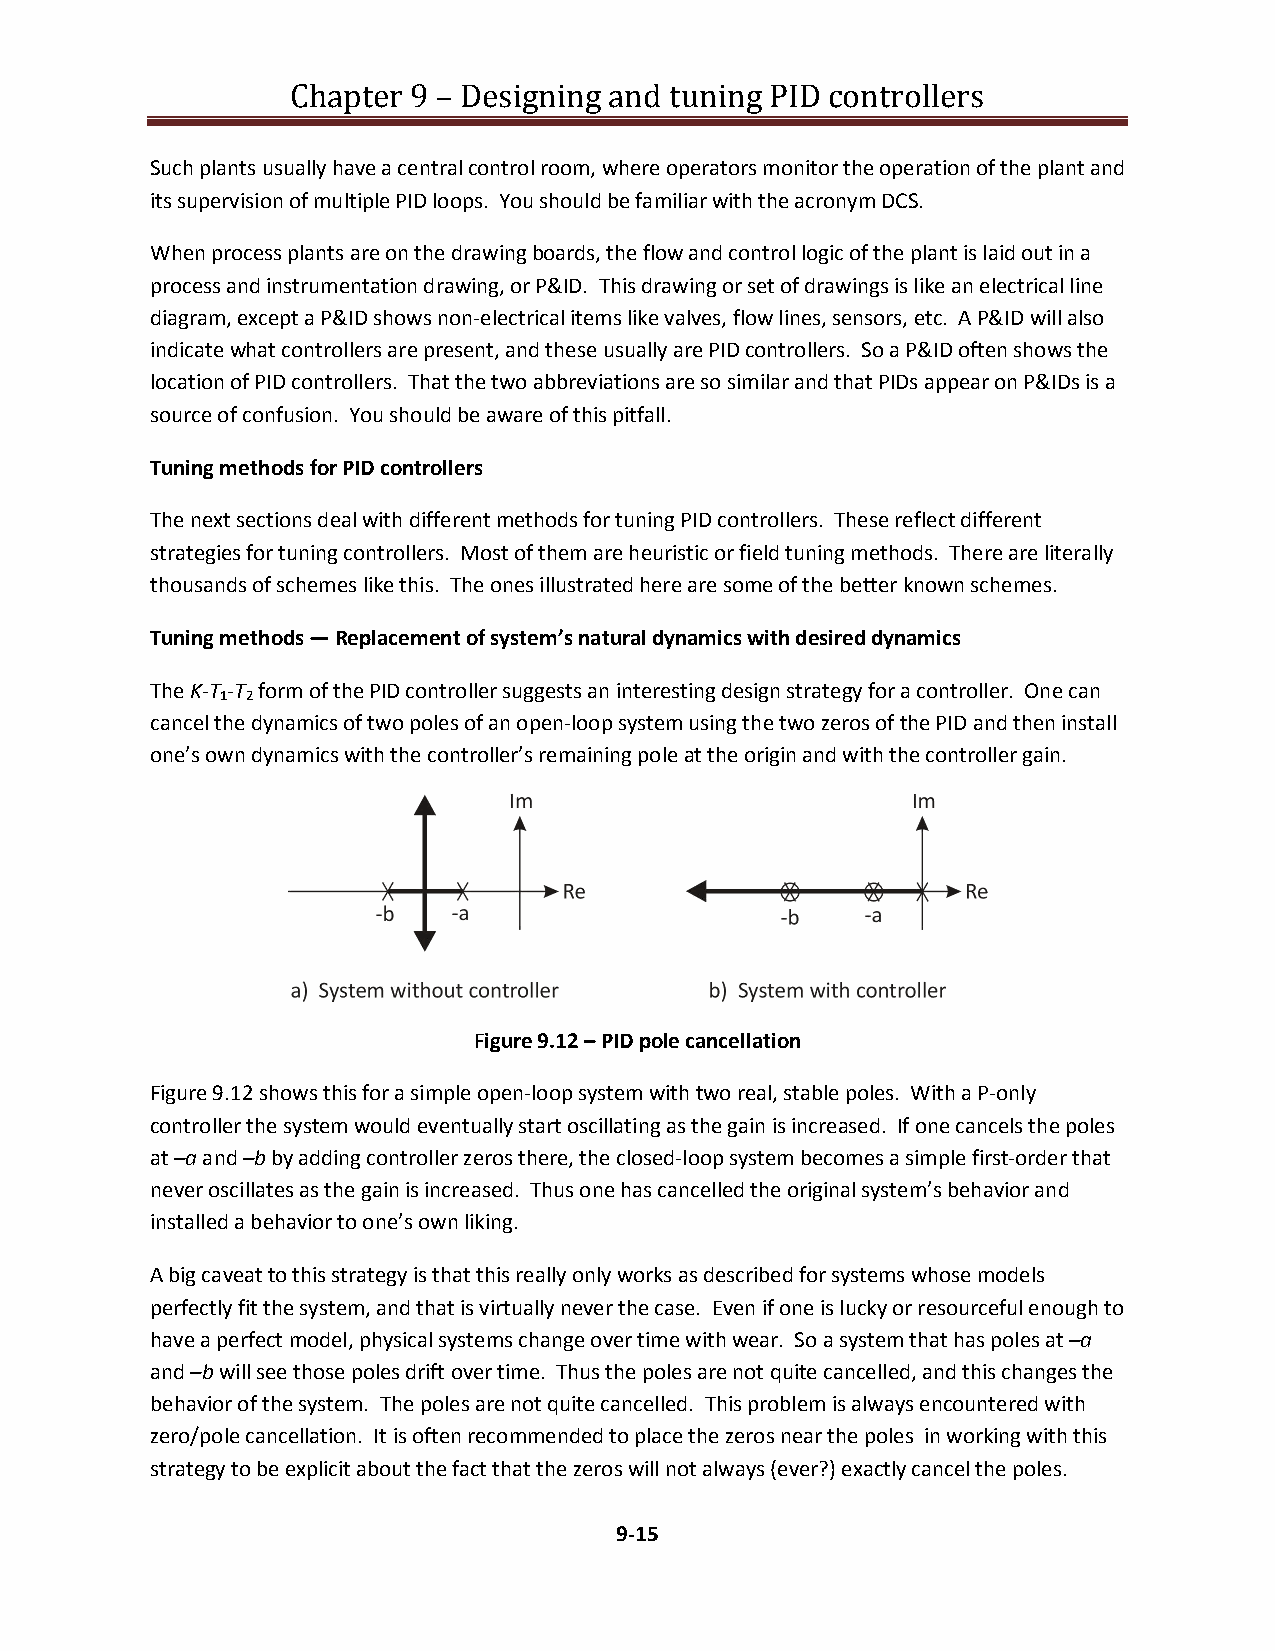
Chapter 9 – Designing and tuning PID controllers
 Such plants usually have a central control room, where operators monitor the operation of the plant and
 its supervision of multiple PID loops. You should be familiar with the acronym DCS.
 When process plants are on the drawing boards, the flow and control logic of the plant is laid out in a
 process and instrumentation drawing, or P&ID. This drawing or set of drawings is like an electrical line
 diagram, except a P&ID shows non-electrical items like valves, flow lines, sensors, etc. A P&ID will also
 indicate what controllers are present, and these usually are PID controllers. So a P&ID often shows the
 location of PID controllers. That the two abbreviations are so similar and that PIDs appear on P&IDs is a
 source of confusion. You should be aware of this pitfall.
 Tuning methods for PID controllers
 The next sections deal with different methods for tuning PID controllers. These reflect different
 strategies for tuning controllers. Most of them are heuristic or field tuning methods. There are literally
 thousands of schemes like this. The ones illustrated here are some of the better known schemes.
 Tuning methods — Replacement of system’s natural dynamics with desired dynamics
 The K-T -T form of the PID controller suggests an interesting design strategy for a controller. One can
 1 2
 cancel the dynamics of two poles of an open-loop system using the two zeros of the PID and then install
 one’s own dynamics with the controller’s remaining pole at the origin and with the controller gain.
 Figure 9.12 – PID pole cancellation
 Figure 9.12 shows this for a simple open-loop system with two real, stable poles. With a P-only
 controller the system would eventually start oscillating as the gain is increased. If one cancels the poles
 at –a and –b by adding controller zeros there, the closed-loop system becomes a simple first-order that
 never oscillates as the gain is increased. Thus one has cancelled the original system’s behavior and
 installed a behavior to one’s own liking.
 A big caveat to this strategy is that this really only works as described for systems whose models
 perfectly fit the system, and that is virtually never the case. Even if one is lucky or resourceful enough to
 have a perfect model, physical systems change over time with wear. So a system that has poles at –a
 and –b will see those poles drift over time. Thus the poles are not quite cancelled, and this changes the
 behavior of the system. The poles are not quite cancelled. This problem is always encountered with
 zero/pole cancellation. It is often recommended to place the zeros near the poles in working with this
 strategy to be explicit about the fact that the zeros will not always (ever?) exactly cancel the poles.
 9-15